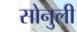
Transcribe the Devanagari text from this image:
सोनुली